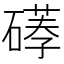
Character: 𥕪